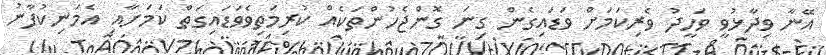
އޭނާ ވިދާޅުވީ ވަހީދު ވެރިކަމަށް ވަޑައިގެން ގިނަ ގޮންޖެހުންތަކެއް ކުރިމަތިވެވަޑައިގަތް ކަމަށާއި އެމަނިކުފާނު